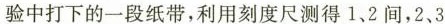
验中打下的一段纸带，利用刻度尺测得1、2间，2、3